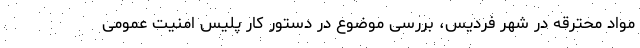
مواد محترقه در شهر فردیس، بررسی موضوع در دستور کار پلیس امنیت عمومی